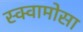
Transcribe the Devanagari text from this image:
स्क्वामोसा